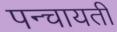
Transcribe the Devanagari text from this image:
पन्चायती